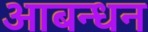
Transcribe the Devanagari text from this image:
आबन्धन